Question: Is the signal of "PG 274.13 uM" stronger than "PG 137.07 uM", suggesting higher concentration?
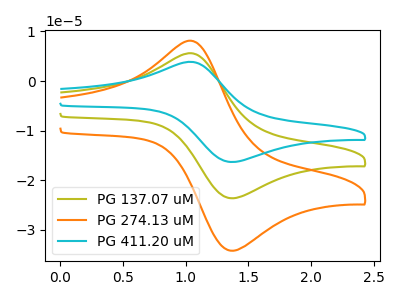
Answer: <think>The olive curve "PG 137.07 uM" has an anodic peak at (1.05V, 5.50uA) and a cathodic peak at (1.40V, -23.60uA). The orange curve "PG 274.13 uM" has an anodic peak at (1.05V, 7.95uA) and a cathodic peak at (1.40V, -34.15uA). The cyan curve "PG 411.20 uM" has an anodic peak at (1.05V, 11.00uA) and a cathodic peak at (1.40V, -47.20uA).
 All the peaks in "PG 274.13 uM" have a peak in "PG 137.07 uM" at the same potential. Every peak in "PG 274.13 uM" is higher than every peak in "PG 137.07 uM".</think>
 <answer>"PG 274.13 uM" has more signal than "PG 137.07 uM" and so likely has a higher concentration.</answer>
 <eval>more_concentration</eval>